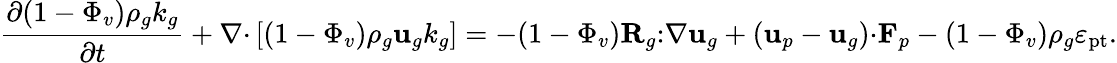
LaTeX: \frac{\partial(1-\Phi_{v})\rho_{g}k_{g}}{\partial t}+\nabla\mathbf{\cdot}\left[(1-\Phi_{v})\rho_{g}\textbf{u}_{g}k_{g}\right]=-(1-\Phi_{v})\textbf{R}_{g}\mathbf{:}\nabla\textbf{u}_{g}+\left(\mathbf{u}_{p}-\mathbf{u}_{g}\right)\mathbf{\cdot}\textbf{F}_{p}-(1-\Phi_{v})\rho_{g}\varepsilon_{\mathrm{pt}}.